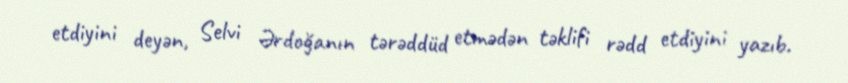
etdiyini deyən, Selvi Ərdoğanın tərəddüd etmədən təklifi rədd etdiyini yazıb.